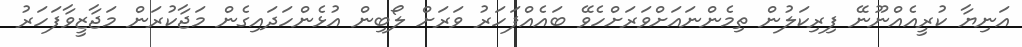
އަނިޔާ ކުރީއެއްނޫނޭ ފިރިކަލުން ތިމެންނައަށްވަރަށްހެވޭ ބައެއްފަހަރު ވަރަށް ލޯބިން އުޅެންހަދައިގެން މަޖާކުރަން މަޖާޒީވާފަހަރު